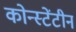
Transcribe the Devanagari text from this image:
कोन्स्टेंटीन